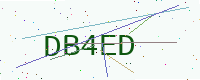
Text: DB4ED